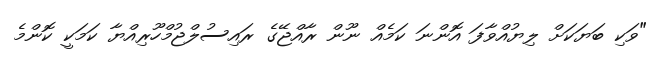
"ވަކި ބަޔަކަށް ލިޔުއްވާފަ އޮންނަ ކަމެއް ނޫން ރާއްޖޭގެ ރައިސުލްޖުމްހޫރިއްޔާ ކަމަކީ ކޮންމެ